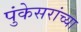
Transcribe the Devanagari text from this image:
पुंकेसरांच्या